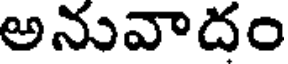
అనువాదం